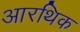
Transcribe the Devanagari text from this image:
आरथिक